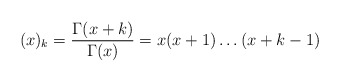
\begin{align*}(x)_k = \frac{\Gamma(x+k)}{\Gamma(x)} = x(x+1)\dots(x+k-1)\end{align*}